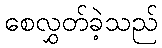
စေလွှတ်ခဲ့သည်